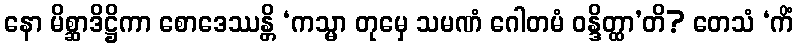
နော မိစ္ဆာဒိဋ္ဌိကာ စောဒေဿန္တိ ‘ကသ္မာ တုမှေ သမဏံ ဂေါတမံ ဝန္ဒိတ္ထာ’တိ? တေသံ ‘ကိံ